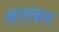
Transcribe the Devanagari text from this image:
अलंकन